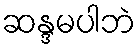
ဆန္ဒမပါဘဲ